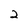
Character: 2